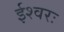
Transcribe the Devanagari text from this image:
ईश्वरः